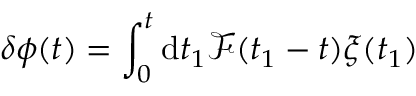
\delta \phi ( t ) = \int _ { 0 } ^ { t } \mathrm { d } t _ { 1 } \mathscr { F } ( t _ { 1 } - t ) \xi ( t _ { 1 } )